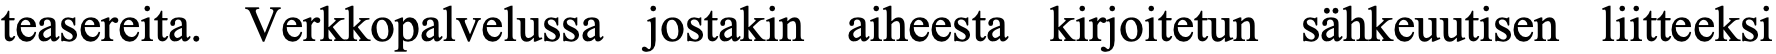
teasereita. Verkkopalvelussa jostakin aiheesta kirjoitetun sähkeuutisen liitteeksi